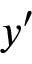
y ^ { \prime }